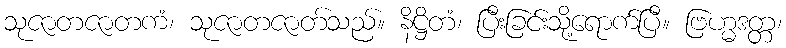
သုဇာတဇာတကံ၊ သုဇာတဇာတ်သည်။ နိဋ္ဌိတံ၊ ပြီးခြင်းသို့ရောက်ပြီ။ ဗြဟ္မဒတ္တ၊